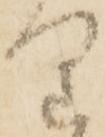
り